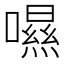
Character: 𡀾